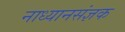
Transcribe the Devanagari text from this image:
नाध्यानसंज्ञक